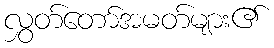
လွှတ်တော်အမတ်များ၏